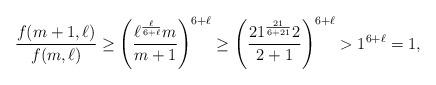
LaTeX: \begin{align*}\frac{f(m+1,\ell)}{f(m,\ell)} \geq \left(\frac{\ell^{\frac{\ell}{6+\ell}} m}{m+1}\right)^{6+\ell } \geq \left(\frac{21^{\frac{21}{6+21}} 2}{2+1}\right)^{6+\ell } > 1^{6+\ell }=1,\end{align*}